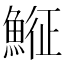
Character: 𩸵